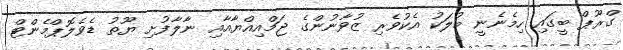
ގްރޫޕް ބީގައި ހިމެނެނީ މުލަކު އެކުވެރި ޒުވާނުންގެ ޖަމްއިއްޔާއާއި ނާލާފުށި ޔޫތު ޑެވެލޮޕްމެންޓް